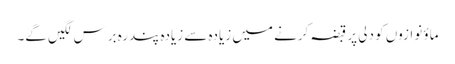
ماؤ نوازوں کو دلی پر قبضہ کرنے میں زیادہ سے زیادہ پندرہ برس لگیں گے۔